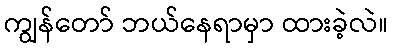
ကျွန်တော် ဘယ်နေရာမှာ ထားခဲ့လဲ။